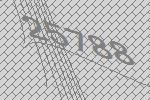
25788